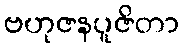
ဗဟုဇနပူဇိတာ